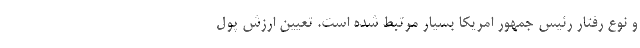
و نوع رفتار رئیس جمهور امریکا بسیار مرتبط شده است. تعیین ارزش پول